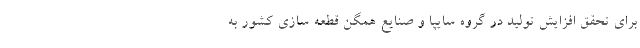
برای تحقق افزایش تولید در گروه سایپا و صنایع همگن قطعه سازی کشور به